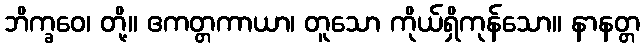
ဘိက္ခဝေ၊ တို့။ ဧကတ္တကာယာ၊ တူသော ကိုယ်ရှိကုန်သော။ နာနတ္တ